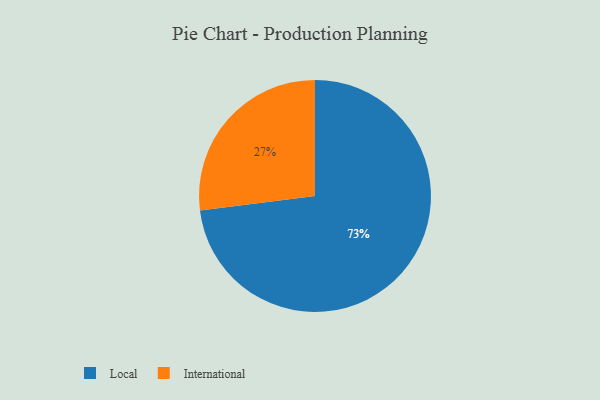
{"axis": {"x": "Category", "y": "Percentage"}, "legend": ["International", "Local"], "data": [{"x": "Local", "y": 73, "type": "Local"}, {"x": "International", "y": 27, "type": "International"}]}